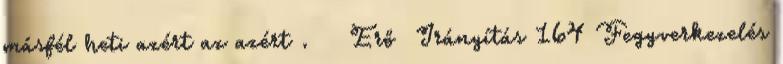
másfél heti azért az azért . Erő Irányítás 164 Fegyverkezelés